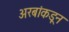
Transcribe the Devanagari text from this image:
अरबांकडून